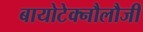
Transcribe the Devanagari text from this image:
बायोटेक्नौलौजी